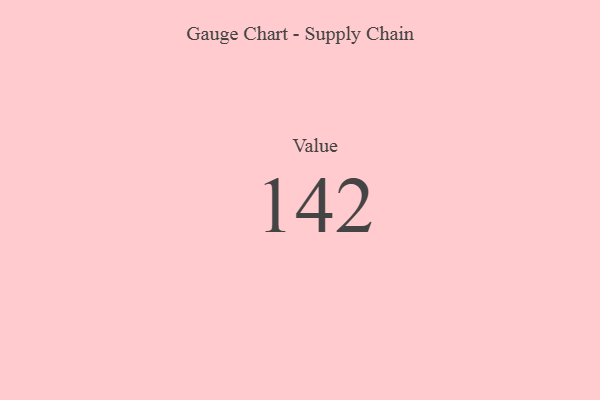
{"axis": {"x": "Metric", "y": "Value"}, "legend": [""], "data": [{"x": "Value", "y": 142, "type": ""}]}